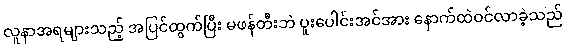
လူနာအရများသည့် အပြင်ထွက်ပြီး မဖန်တီးဘဲ ပူးပေါင်းအင်အား နောက်ထဲဝင်လာခဲ့သည်